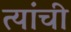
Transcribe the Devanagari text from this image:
त्यांंची